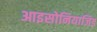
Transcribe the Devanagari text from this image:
आइसोनियाजिड